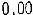
0.00